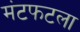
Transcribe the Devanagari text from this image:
मंटफटला